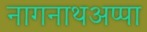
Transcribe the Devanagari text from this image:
नागनाथअप्पा